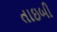
તાઇબી